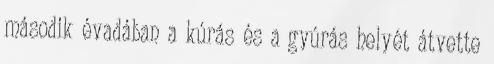
második évadában a kúrás és a gyúrás helyét átvette